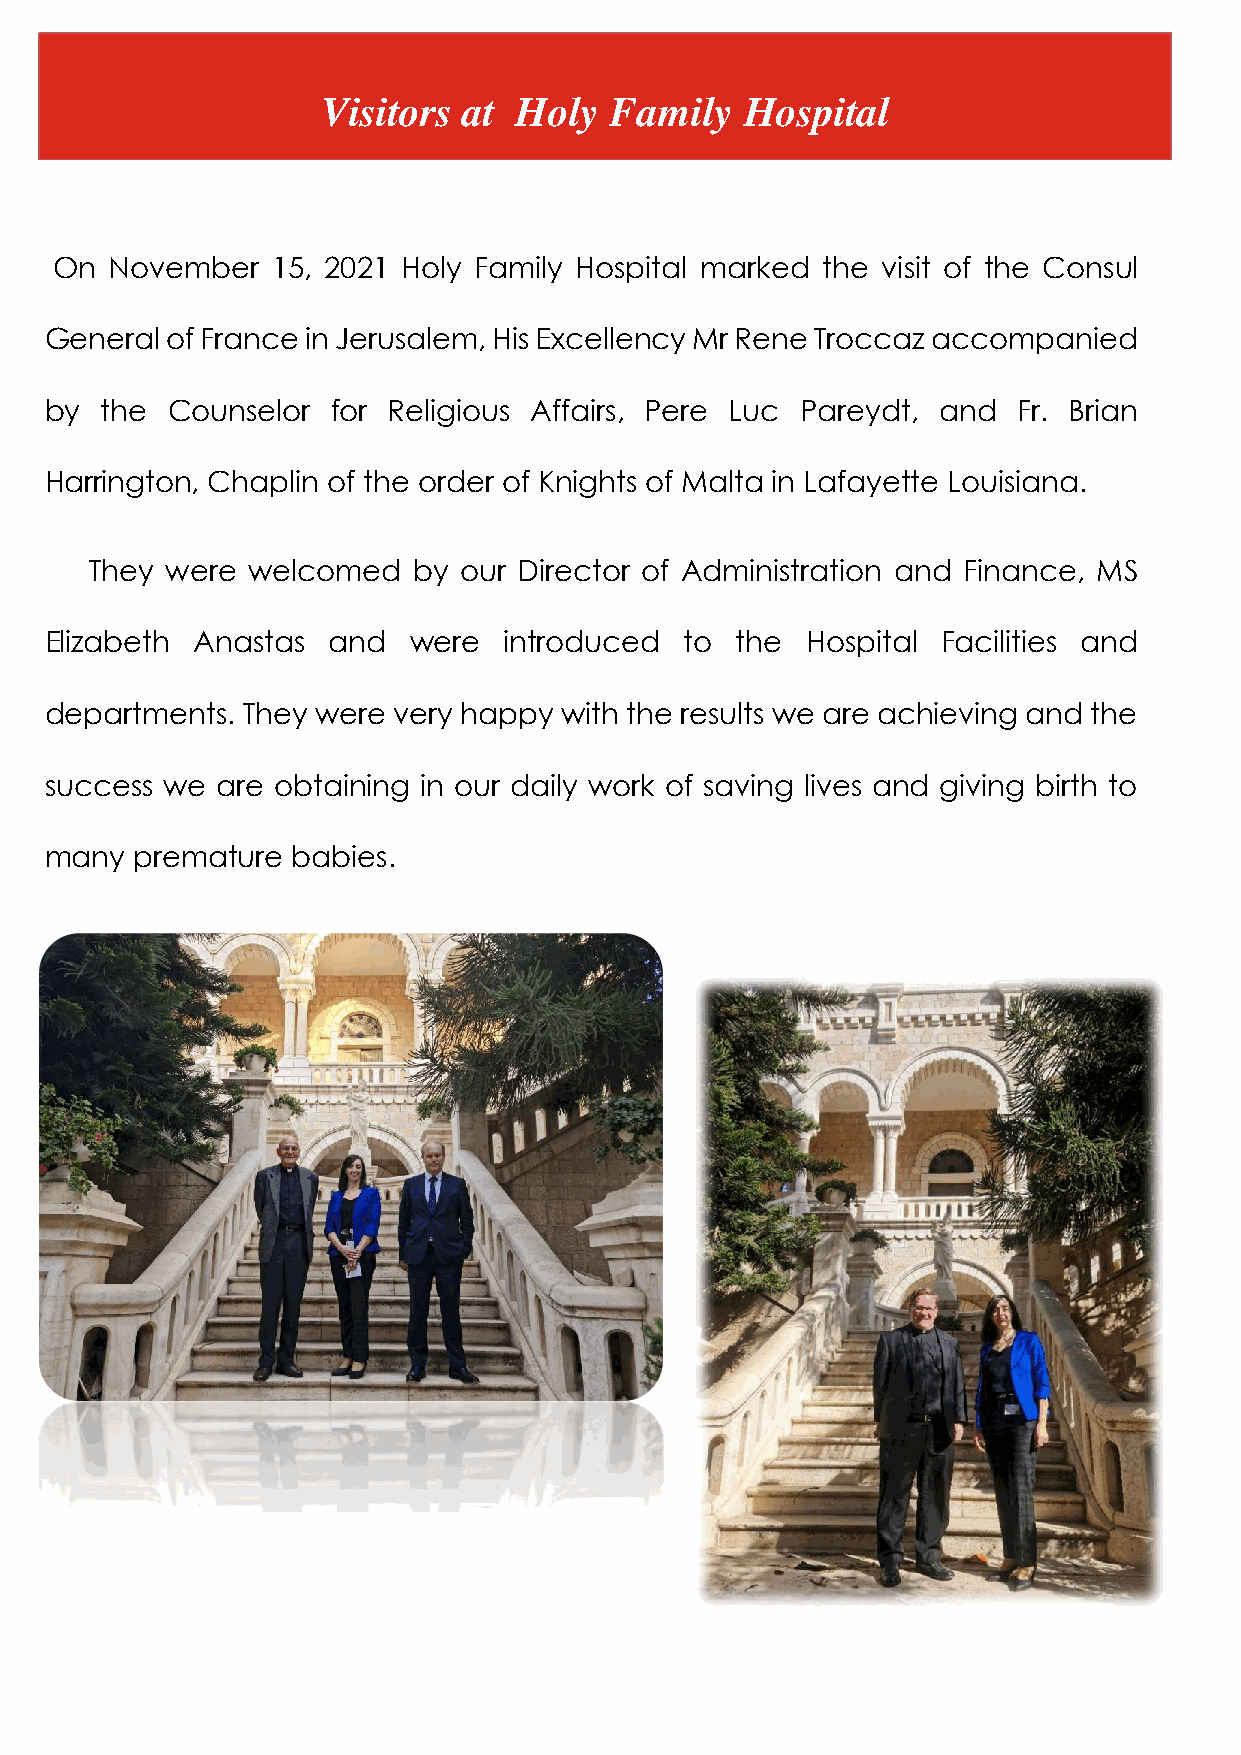
Visitors  at Holy  Family   Hospital
 On  November   15, 2021 Holy Family Hospital marked the visit of the Consul
 General of France in Jerusalem, His Excellency Mr Rene Troccaz accompanied
 by  the Counselor  for Religious Affairs, Pere Luc Pareydt, and Fr. Brian
 Harrington, Chaplin of the order of Knights of Malta in Lafayette Louisiana.
 They were welcomed   by our Director of Administration and Finance, MS
 Elizabeth Anastas  and  were  introduced  to  the Hospital Facilities and
 departments. They were very happy with the results we are achieving and the
 success we are obtaining in our daily work of saving lives and giving birth to
 many  premature babies.